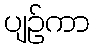
ပျဉ်ကာ